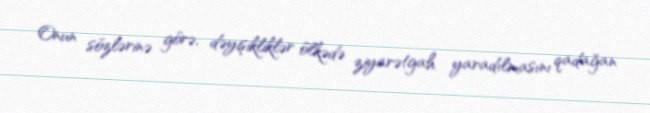
Onun sözlərinə görə, dəyişikliklər ölkədə ziyarətgah yaradılmasını qadağan